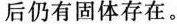
后仍有固体存在。